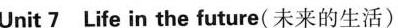
Unit7Life in the future(未来的生活)